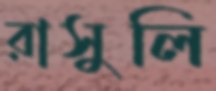
রাসুলি